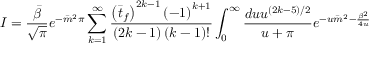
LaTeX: I = \frac { \bar { \beta } } { \sqrt { \pi } } e ^ { - \bar { m } ^ { 2 } \pi } \sum _ { k = 1 } ^ { \infty } \frac { \left( \bar { t } _ { f } \right) ^ { 2 k - 1 } \left( - 1 \right) ^ { k + 1 } } { \left( 2 k - 1 \right) \left( k - 1 \right) ! } \int _ { 0 } ^ { \infty } \frac { d u u ^ { ( 2 k - 5 ) / 2 } } { u + \pi } e ^ { - u \bar { m } ^ { 2 } - \frac { \bar { \beta } ^ { 2 } } { 4 u } }